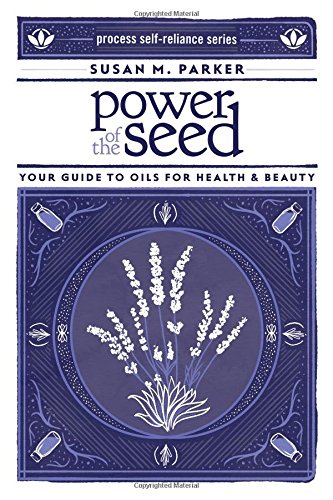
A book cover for Power of the Seed: Your Guide to Oils for Health & Beauty (Process Self-reliance Series); Susan M. Parker; Crafts, Hobbies & Home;